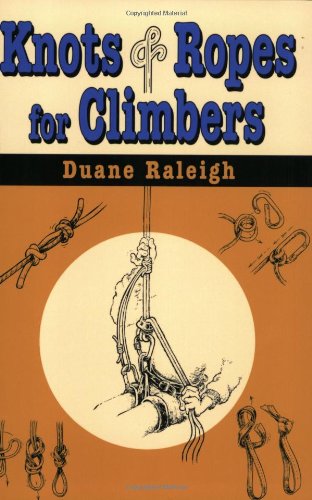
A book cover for Knots & Ropes for Climbers (Outdoor and Nature); Duane Raleigh; Sports & Outdoors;